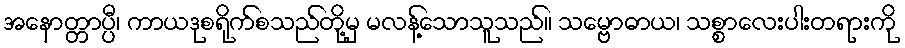
အနောတ္တာပ္ပီ၊ ကာယဒုစရိုက်စသည်တို့မှ မလန့်သောသူသည်။ သမ္ဗောဓာယ၊ သစ္စာလေးပါးတရားကို